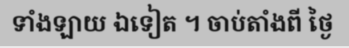
ទាំងឡាយ ឯទៀត ។ ចាប់តាំងពី ថ្ងៃ